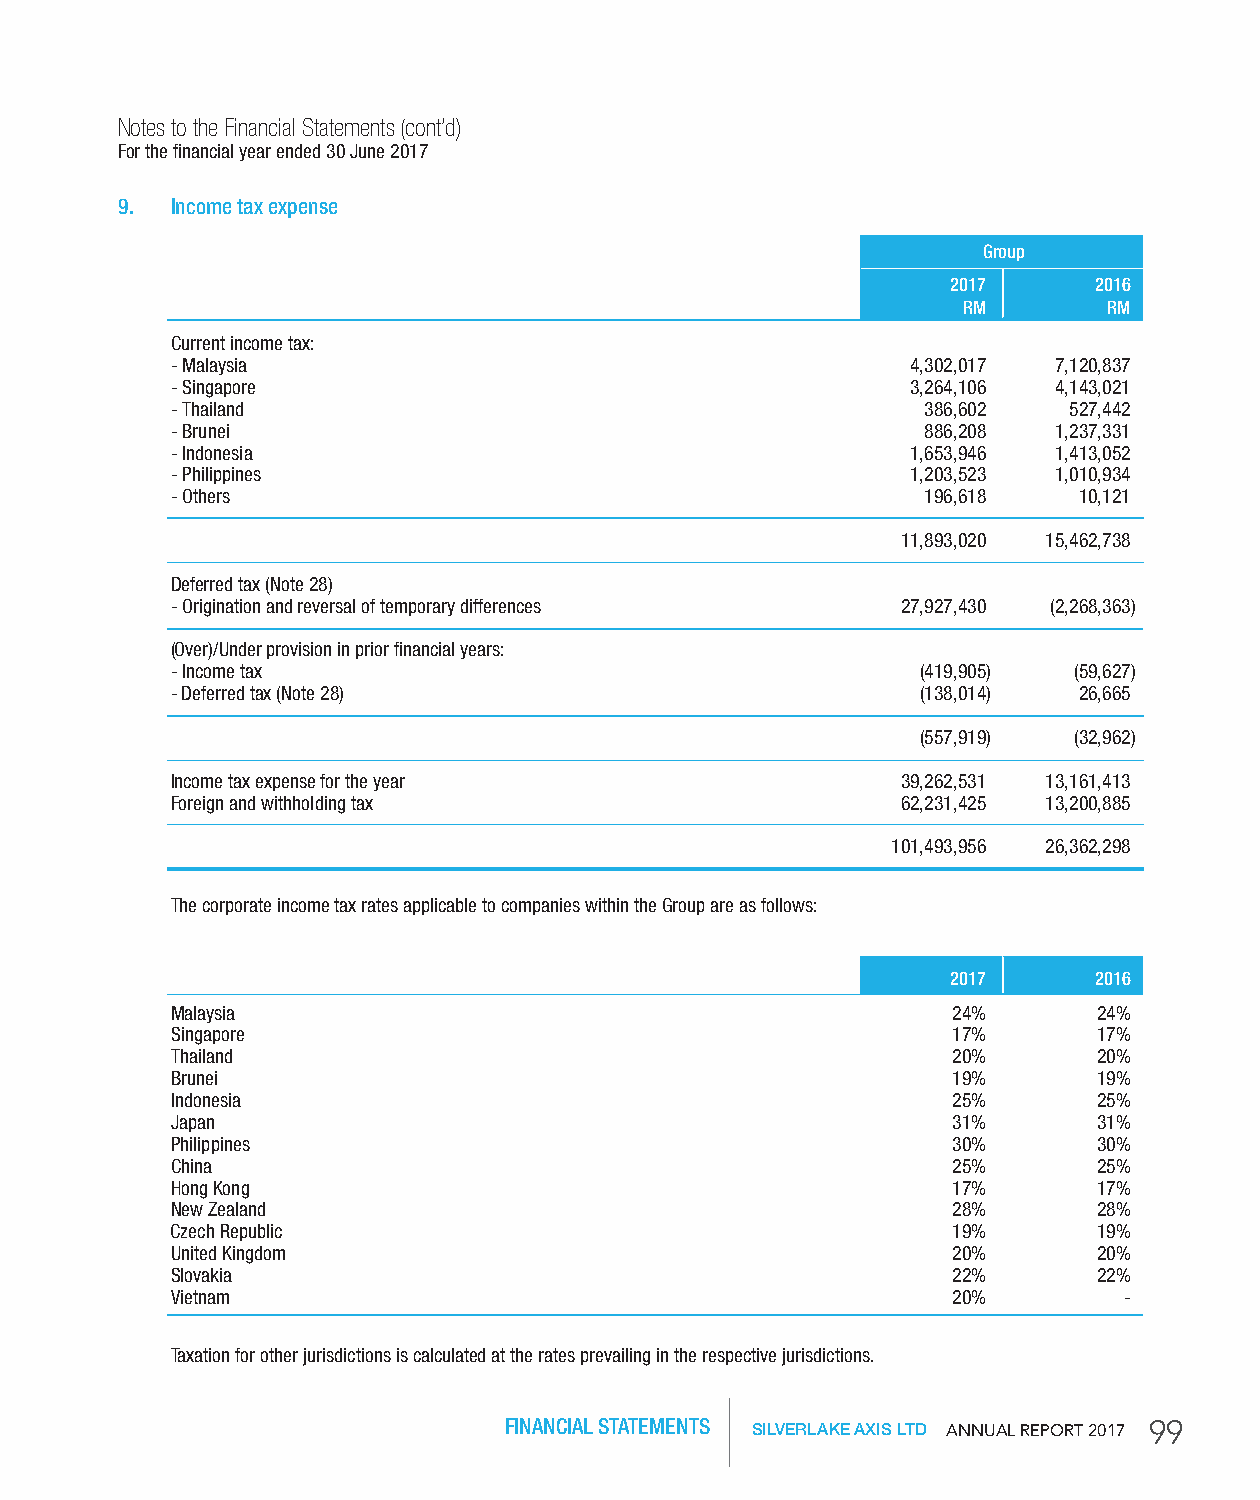
Notes to the Financial Statements (cont’d)
 For the financial year ended 30 June 2017
 9. Income tax expense
 group
 2017     2016
 rM       rM
 Current income tax:
 - Malaysia                                       4,302,017 7,120,837
 - Singapore                                      3,264,106 4,143,021
 - Thailand                                        386,602   527,442
 - Brunei                                          886,208  1,237,331
 - Indonesia                                      1,653,946 1,413,052
 - Philippines                                    1,203,523 1,010,934
 - Others                                          196,618   10,121
 11,893,020 15,462,738
 Deferred tax (Note 28)
 - Origination and reversal of temporary differences 27,927,430 (2,268,363)
 (Over)/Under provision in prior financial years:
 - Income tax                                      (419,905) (59,627)
 - Deferred tax (Note 28)                          (138,014) 26,665
 (557,919) (32,962)
 Income tax expense for the year                  39,262,531 13,161,413
 Foreign and withholding tax                      62,231,425 13,200,885
 101,493,956 26,362,298
 The corporate income tax rates applicable to companies within the Group are as follows:
 2017     2016
 Malaysia                                            24%       24%
 Singapore                                           17%       17%
 Thailand                                            20%       20%
 Brunei                                              19%       19%
 Indonesia                                           25%       25%
 Japan                                               31%       31%
 Philippines                                         30%       30%
 China                                               25%       25%
 Hong Kong                                           17%       17%
 New Zealand                                         28%       28%
 Czech Republic                                      19%       19%
 United Kingdom                                      20%       20%
 Slovakia                                            22%       22%
 Vietnam                                             20%        -
 Taxation for other jurisdictions is calculated at the rates prevailing in the respective jurisdictions.
 FINANCIAL STATEMENTS SILVERLAKE AXIS LTD AnnuAl RepoRt 2017 99